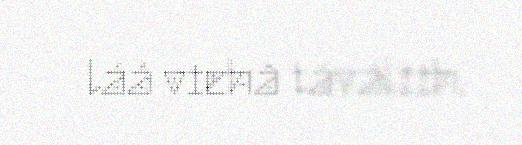
láá viehâ táváliih.